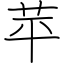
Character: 苹